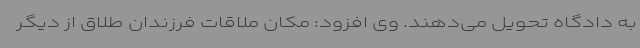
به دادگاه تحویل می‌دهند. وی افزود: مکان ملاقات فرزندان طلاق از دیگر